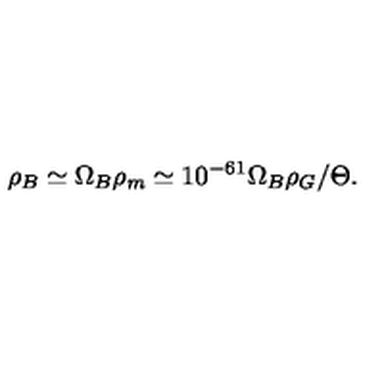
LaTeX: \rho _ { B } \simeq \Omega _ { B } \rho _ { m } \simeq 1 0 ^ { - 6 1 } \Omega _ { B } \rho _ { G } / \Theta .